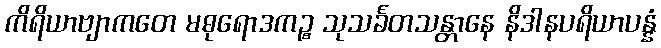
ကိရိယာဗျာကတေ မဓုရောဒကဉ္စ သုသင်္ခတသန္တာနေ နိဒါနပရိယာပန္နံ